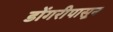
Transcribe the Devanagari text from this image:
डोंगरीपासून